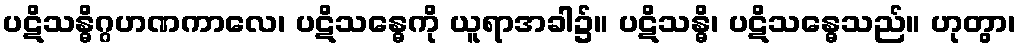
ပဋိသန္ဓိဂ္ဂဟဏကာလေ၊ ပဋိသန္ဓေကို ယူရာအခါ၌။ ပဋိသန္ဓိ၊ ပဋိသန္ဓေသည်။ ဟုတွာ၊